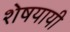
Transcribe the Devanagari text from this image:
शेषयायी